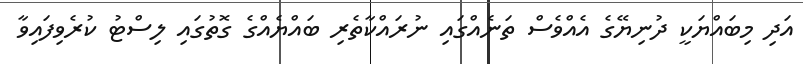
އަދި މިބައްޔަކީ ދުނިޔޭގެ އެއްވެސް ތަނެއްގައި ނުރައްކާތެރި ބައްޔެއްގެ ގޮތުގައި ލިސްޓު ކުރެވިފައިވާ